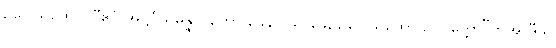
ဥပေါသထော။ “ဧဝံ အဋ္ဌင်္ဂသမန္နာဂတော ခေါ, ဝိသာခေ, ဥပေါသထော ဥပဝုတ္ထော”တိအာဒီသု